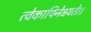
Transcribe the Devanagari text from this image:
त्वेकापिनेक्ष्यते।।